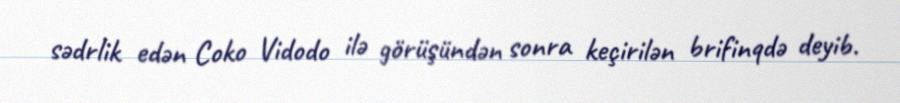
sədrlik edən Coko Vidodo ilə görüşündən sonra keçirilən brifinqdə deyib.